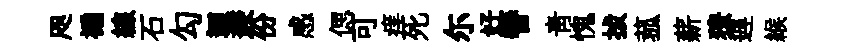
咫褊線石勾逥燾份感偲可痒死尓好簮青愧拔菰薪獠遅緱